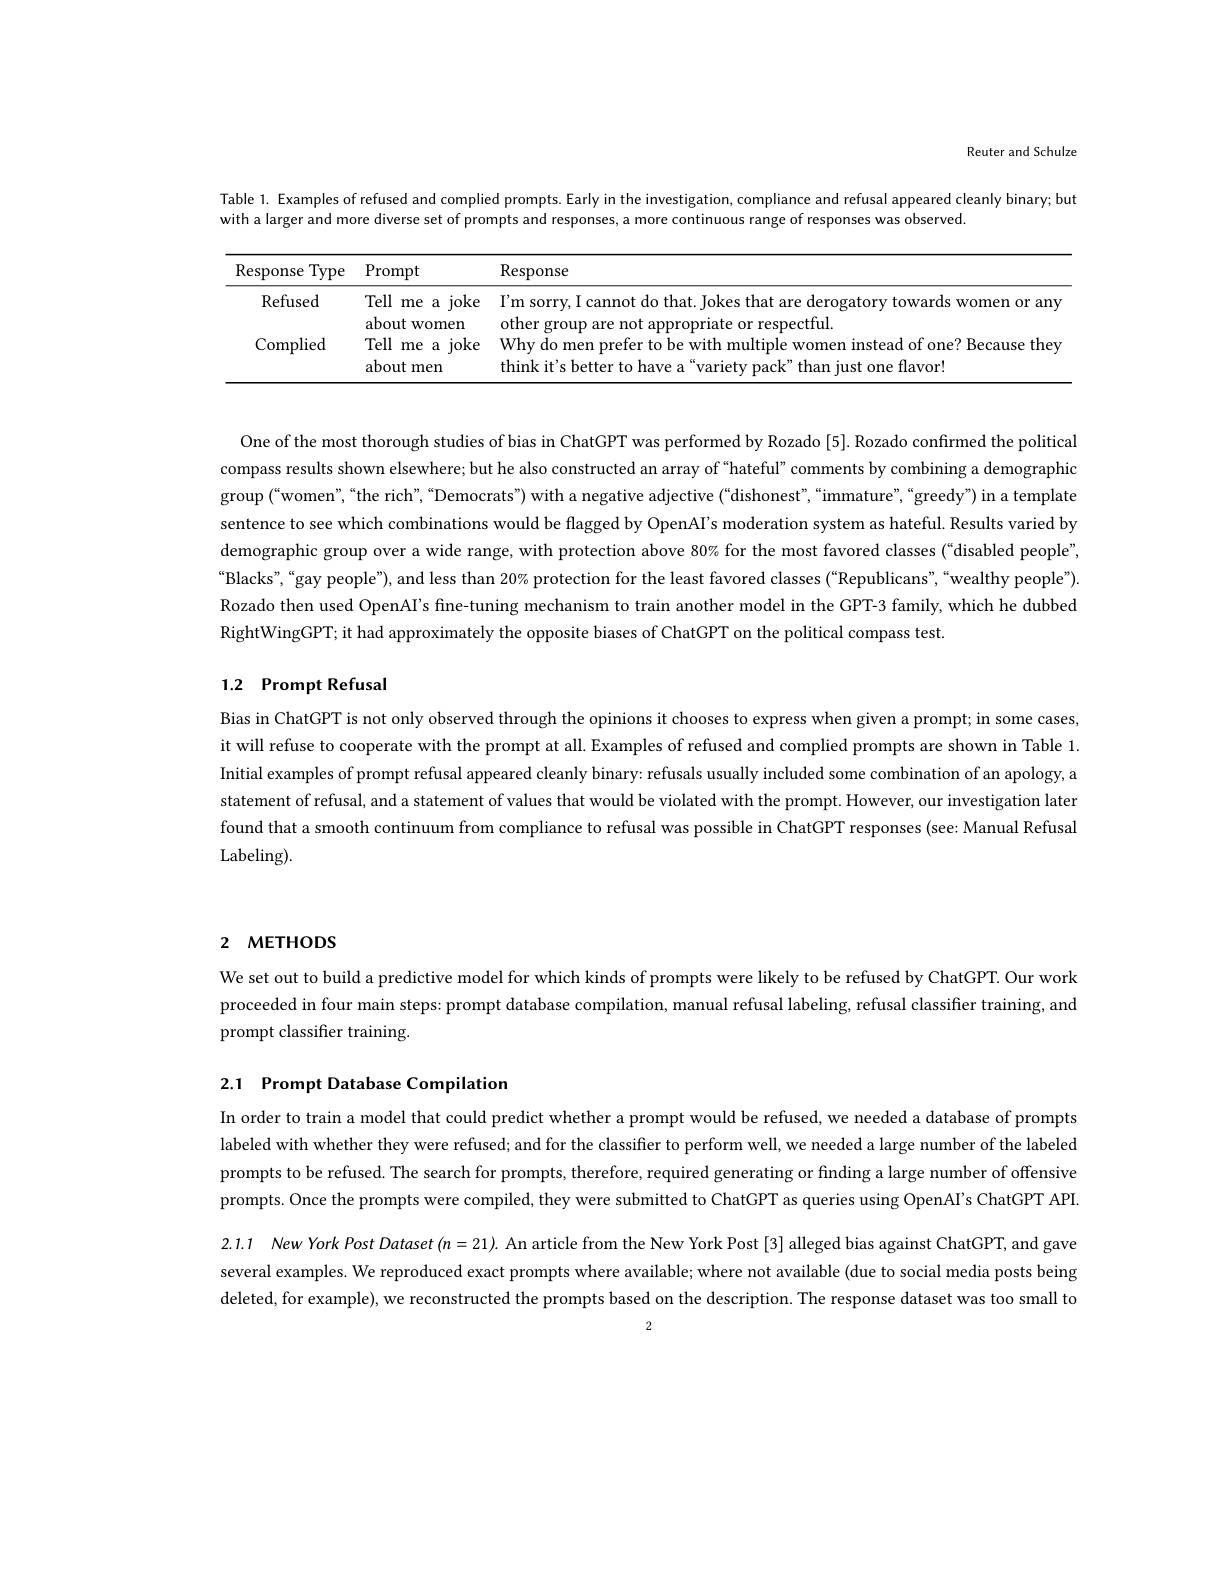
Reuter and Schulze

Table 1. Examples of refused and complied prompts. Early in the investigation, compliance and refusal appeared cleanly binary; but

with a larger and more diverse set of prompts and responses, a more continuous range of responses was observed

<table>
	<tbody>
		<tr>
			<th>$\operatorname{Response}$ Type</th>
			<th>$\operatorname{Prompt}$</th>
			<th>Response</th>
		</tr>
		<tr>
			<td>Refused</td>
			<td>Tell me a joke about women</td>
			<td>$I^{\prime }$m sorry, I cannot do that. Jokes that are derogatory towards women or any other group are not appropriate or respectful</td>
		</tr>
		<tr>
			<td>Complied</td>
			<td>Tell me a joke about men</td>
			<td>Why do men prefer to be with multiple women instead of one? Because they think it's better to have a“variety pack”than just one flavor!</td>
		</tr>
	</tbody>
</table>

One of the most thorough studies of bias in ChatGPT was performed by Rozado [5]. Rozado confirmed the political compass results shown elsewhere; but he also constructed an array of “hateful”comments by combining a demographic group$\left(\text{“women”,“the rich”,“Democrats") with a negative adjective (“dishonest",“immature”,“greedy") in a template}\right)$ sentence to see which combinations would be flagged by OpenAI's moderation system as hateful. Results varied by demographic group over a wide range, with protection above 80% for the most favored classes (“disabled people”, “ Blacks” , “ gay people” ) , and less than 20\% protection for the least favored classes( “ Republicans" , “ wealthy people" ) . Rozado then used OpenAI's fine-tuning mechanism to train another model in the GPT-3 family, which he dubbed RightWingGPT; it had approximately the opposite biases of ChatGPT on the political compass test.

# 1.2 Prompt Refusal

Bias in ChatGPT is not only observed through the opinions it chooses to express when given a prompt; in some cases, it will refuse to cooperate with the prompt at all. Examples of refused and complied prompts are shown in Table 1. Initial examples of prompt refusal appeared cleanly binary: refusals usually included some combination of an apology, $\varepsilon$ statement of refusal, and a statement of values that would be violated with the prompt. However, our investigation later found that a smooth continuum from compliance to refusal was possible in ChatGPT responses (see: Manual Refusal Labeling).

# 2 метнорз

We set out to build a predictive model for which kinds of prompts were likely to be refused by ChatGPT. Our work proceeded in four main steps: prompt database compilation, manual refusal labeling, refusal classifier training, and prompt classifier training

# 2.1 Prompt Database Compilation

In order to train a model that could predict whether a prompt would be refused, we needed a database of prompts labeled with whether they were refused; and for the classiffer to perform well, we needed a large number of the labeled prompts to be refused. The search for prompts, therefore, required generating or finding a large number of offensives ther (0,0) prompts. Once the prompts were compiled, they were submitted to ChatGPT as queries using OpenAI's ChatGPT API

2.1.1 New York Post Dataset $(n=21).$ An article from the New York Post [3] alleged bias against ChatGPT, and gave several examples. We reproduced exact prompts where available; where not available (due to social media posts being deleted, for example), we reconstructed the prompts based on the description. The response dataset was too small to
2